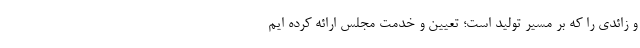
و زائدی را که بر مسیر تولید است؛ تعیین و خدمت مجلس ارائه کرده ایم